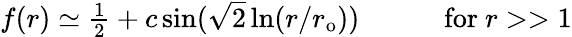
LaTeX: \begin{array}{cc}{{f(r)\simeq\textstyle{\frac{1}{2}}+c\sin(\sqrt{2}\ln(r/r_{\mathrm{{o}}}))~~~~}}&{{~~~~\mathrm{for}~r>>1}}\end{array}